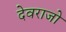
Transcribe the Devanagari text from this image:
देवराजो